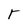
Character: r